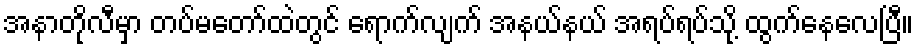
အနာတိုလီမှာ တပ်မတော်ထဲတွင် ရောက်လျက် အနယ်နယ် အရပ်ရပ်သို့ ထွက်နေလေပြီ။